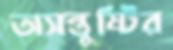
অসন্তুষ্টির